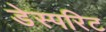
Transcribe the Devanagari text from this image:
डेस्परिट